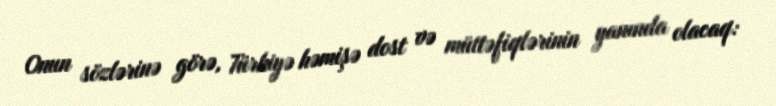
Onun sözlərinə görə, Türkiyə həmişə dost və müttəfiqlərinin yanında olacaq: